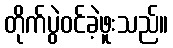
တိုက်ပွဲဝင်ခဲ့ဖူးသည်။